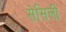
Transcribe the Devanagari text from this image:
सेसिली